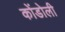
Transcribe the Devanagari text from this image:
कोंडोली